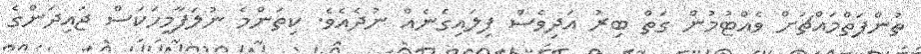
ތުންފަތްމައްޗަށް ވެއްޓުމުން ގަތް ބިރު އަދިވެސް ފިލައިގެނެއް ނުދެއެވެ. ކިތަންމެ ނުލަފާމީހަކަސް ޖައިދަންގެ